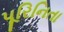
પૂરિનિતા